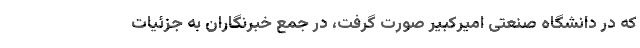
که در دانشگاه صنعتی امیرکبیر صورت گرفت، در جمع خبرنگاران به جزئیات